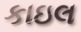
કાઇલ